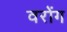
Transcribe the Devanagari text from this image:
वरोंग